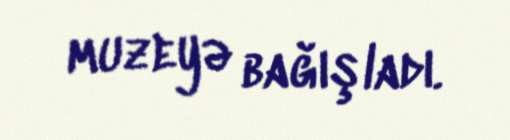
muzeyə bağışladı.